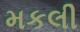
મકલી